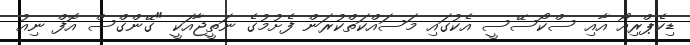
ޑިކެޕްރިއޯ އާއި ސްކޯސޭސީ އެކުގައި މަސައްކަތްކުރަން ފެށުމުގެ ނަތީޖާއަކީ "ގޭންގްސް އޮފް ނިއު